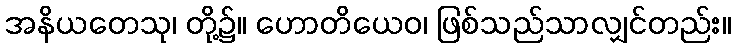
အနိယတေသု၊ တို့၌။ ဟောတိယေဝ၊ ဖြစ်သည်သာလျှင်တည်း။